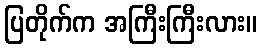
ပြတိုက်က အကြီးကြီးလား။